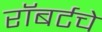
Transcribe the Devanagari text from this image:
रॉबर्टचे